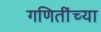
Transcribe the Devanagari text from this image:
गणितींच्या